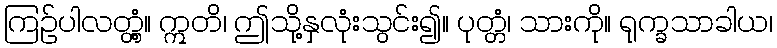
ကြဉ်ပါလတ္တံ့။ ဣတိ၊ ဤသို့နှလုံးသွင်း၍။ ပုတ္တံ၊ သားကို။ ရုက္ခသာခါယ၊